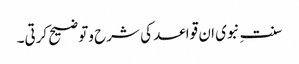
سنت ِنبوی ان قواعد کی شرح وتوضیح کرتی۔